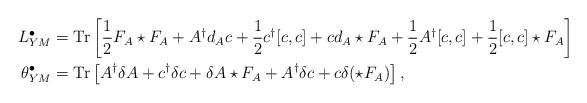
LaTeX: \begin{align*}L^\bullet_{YM} & = \mathrm{Tr}\left[ \frac12 F_A \star F_A + A^\dag d_Ac + \frac12c^\dag[c,c] + cd_A\star F_A + \frac12 A^\dag[c,c] + \frac12[c,c] \star F_A\right]\\\theta^\bullet_{YM} & = \mathrm{Tr}\left[A^\dag \delta A + c^\dag \delta c + \delta A \star F_A + A^\dag \delta c + c \delta(\star F_A)\right],\end{align*}